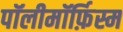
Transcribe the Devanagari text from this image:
पॉलीमॉर्फ़िस्म